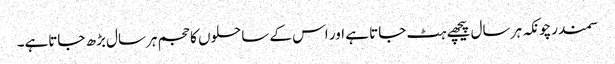
سمندرچونکہ ہر سال پیچھے ہٹ جاتا ہے اور اس کے ساحلوں کا حجم ہرسال بڑھ جاتاہے۔